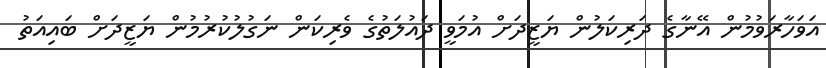
އަވަހާރަވުމުން އޭނާގެ ދަރިކަލުން ޔަޒީދަށް އުމަވީ ދައުލަތުގެ ވެރިކަން ނަގުލުކުރުމުން ޔަޒީދަށް ބައިއަތު